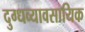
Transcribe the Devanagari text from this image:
दुग्धव्यावसायिक